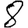
Digit: 8